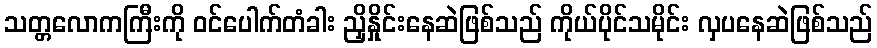
သတ္တလောကကြီးကို ဝင်ပေါက်တံခါး ညှိနှိုင်းနေဆဲဖြစ်သည် ကိုယ်ပိုင်သမိုင်း လှပနေဆဲဖြစ်သည်